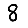
Digit: 8